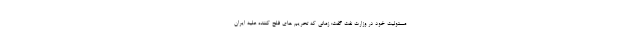
مسئولیت خود در وزارت نفت گفت: زمانی که تحریم های فلج کننده علیه ایران